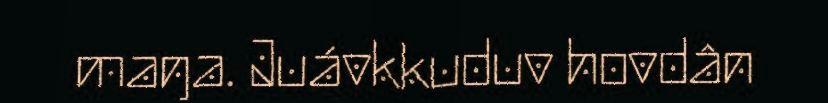
maŋa. Juávkkuduv hovdân